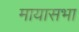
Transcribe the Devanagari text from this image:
मायासभा